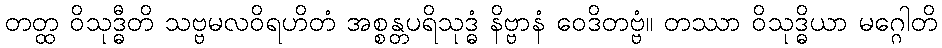
တတ္ထ ဝိသုဒ္ဓီတိ သဗ္ဗမလဝိရဟိတံ အစ္စန္တပရိသုဒ္ဓံ နိဗ္ဗာနံ ဝေဒိတဗ္ဗံ။ တဿာ ဝိသုဒ္ဓိယာ မဂ္ဂေါတိ